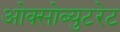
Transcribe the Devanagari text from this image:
ओक्सोब्युटरेट